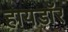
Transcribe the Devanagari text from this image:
हायडॉर